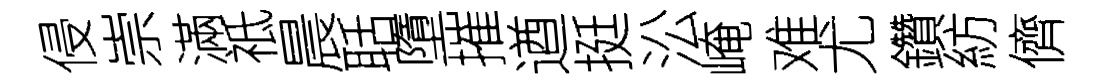
侵崇滿祗晨聒墮摧遒挺㳂崦难尤鑽紡儕